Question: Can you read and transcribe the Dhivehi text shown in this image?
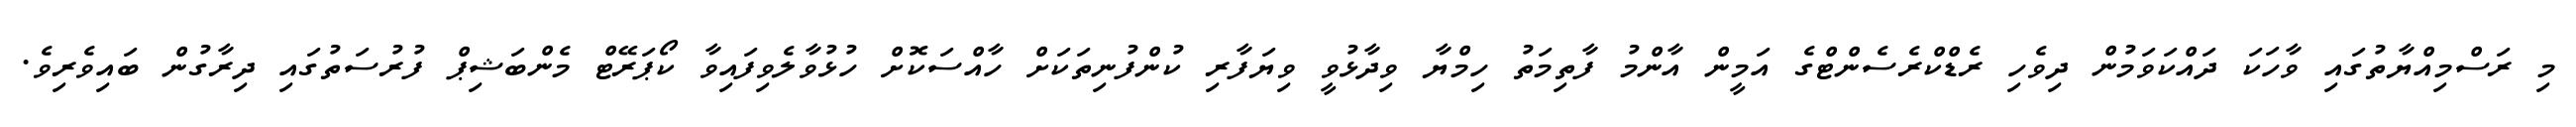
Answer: މި ރަސްމިއްޔާތުގައި ވާހަކަ ދައްކަވަމުން ދިވެހި ރެޑްކްރެސެންޓްގެ އަމީން އާންމު ފާތިމަތު ހިމްޔާ ވިދާޅުވީ ވިޔަފާރި ކުންފުނިތަކަށް ހާއްސަކޮށް ހުޅުވާލެވިފައިވާ ކޯޕަރޭޓް މެންބަޝިޕް ފުރުސަތުގައި ދިރާގުން ބައިވެރިވެ.